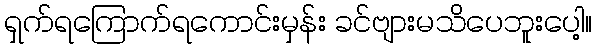
ရှက်ရကြောက်ရကောင်းမှန်း ခင်ဗျားမသိပေဘူးပေါ့။